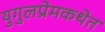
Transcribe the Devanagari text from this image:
युगुलप्रेमकथेत